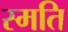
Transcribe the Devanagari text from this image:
स्मति